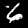
Label: 6